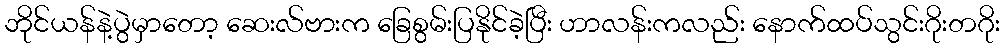
ဘိုင်ယန်နဲ့ပွဲမှာတော့ ဆေးလ်ဗားက ခြေစွမ်းပြနိုင်ခဲ့ပြီး ဟာလန်းကလည်း နောက်ထပ်သွင်းဂိုးတဂိုး